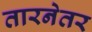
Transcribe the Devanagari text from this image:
तारनेतर